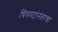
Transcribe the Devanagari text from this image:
चित्रपटांनंतरचा